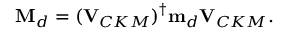
{ \mathbf M } _ { d } = ( { \mathbf V } _ { C K M } ) ^ { \dagger } { \mathbf m } _ { d } { \mathbf V } _ { C K M } .